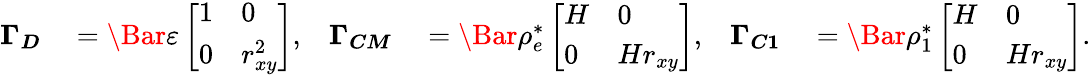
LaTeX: \begin{array}{rlrlrl}{\boldsymbol{\Gamma_{D}}}&{{}=\Bar{\varepsilon}\left[\begin{array}{ll}{1}&{0}\\ {0}&{r_{xy}^{2}}\end{array}\right],}&{\boldsymbol{\Gamma_{CM}}}&{{}=\Bar{\rho_{e}^{*}}\left[\begin{array}{ll}{H}&{0}\\ {0}&{Hr_{xy}}\end{array}\right],}&{\boldsymbol{\Gamma_{C1}}}&{{}=\Bar{\rho_{1}^{*}}\left[\begin{array}{ll}{H}&{0}\\ {0}&{Hr_{xy}}\end{array}\right].}\end{array}